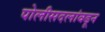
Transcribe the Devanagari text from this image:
पोलीसदलांक्डून